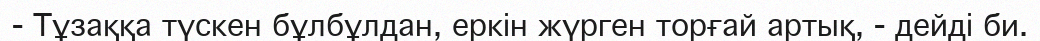
- Тұзаққа түскен бұлбұлдан, еркін жүрген торғай артық, - дейді би.